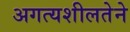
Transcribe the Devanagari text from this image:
अगत्यशीलतेने